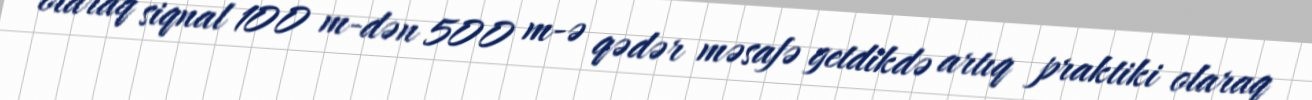
olaraq siqnal 100 m-dən 500 m-ə qədər məsafə getdikdə artıq praktiki olaraq